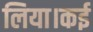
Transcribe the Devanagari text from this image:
लिया।कई